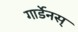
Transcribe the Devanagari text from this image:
गार्डेनस्